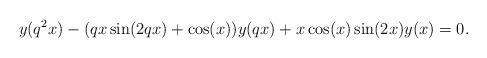
LaTeX: \begin{align*}y(q^2x)-(qx\sin(2qx)+\cos(x))y(qx)+x\cos(x)\sin(2x)y(x)=0.\end{align*}